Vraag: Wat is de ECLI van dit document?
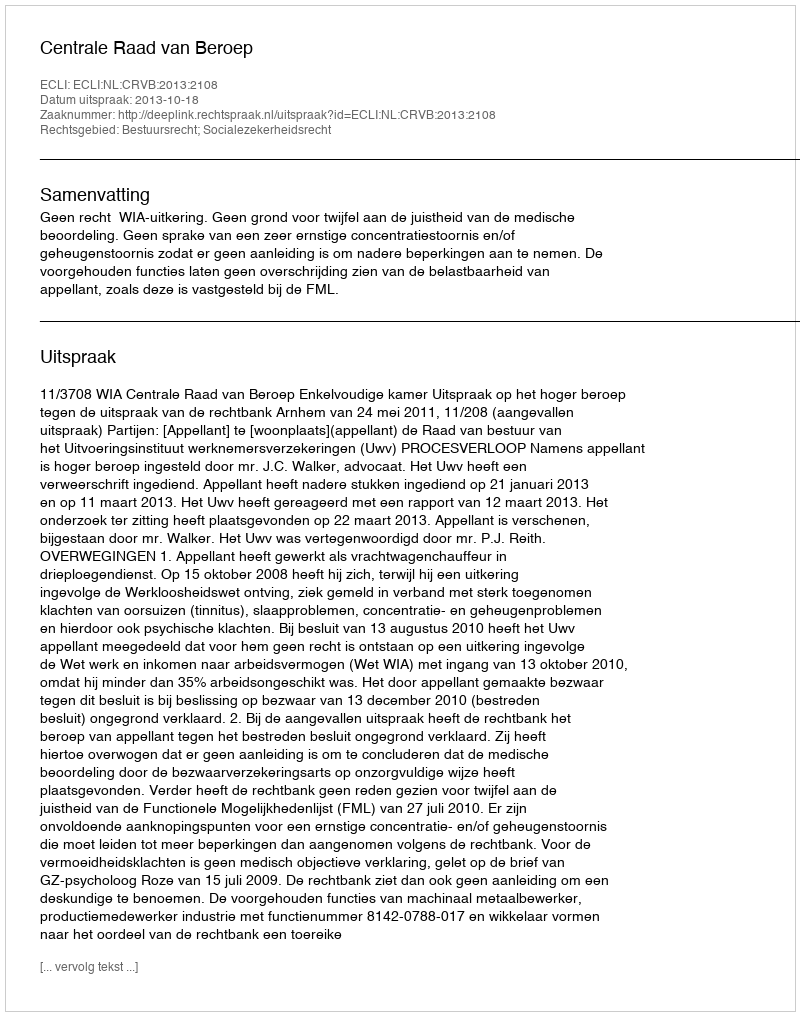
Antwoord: ECLI:NL:CRVB:2013:2108